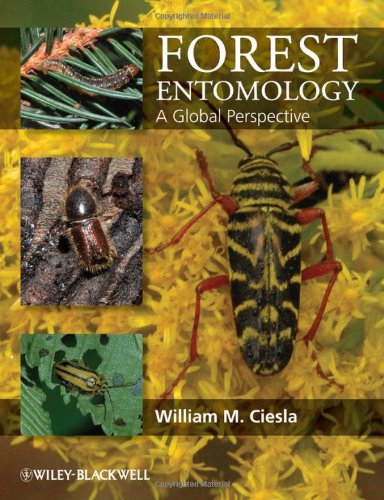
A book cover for Forest Entomology; William Ciesla; Science & Math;